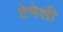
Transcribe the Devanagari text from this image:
टेनेशी